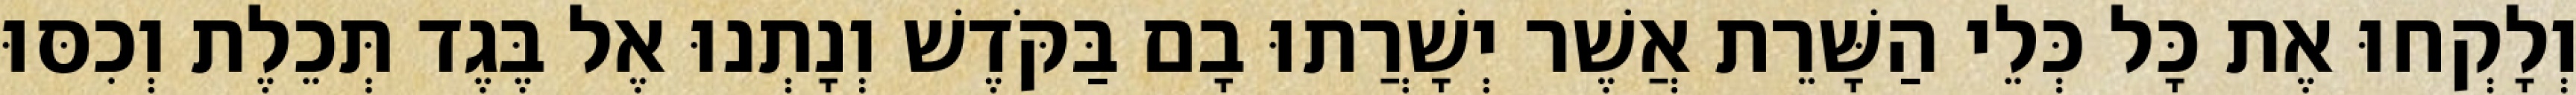
וְלָקְחוּ אֶת כָּל כְּלֵי הַשָּׁרֵת אֲשֶׁר יְשָׁרֲתוּ בָם בַּקֹּדֶשׁ וְנָתְנוּ אֶל בֶּגֶד תְּכֵלֶת וְכִסּוּ